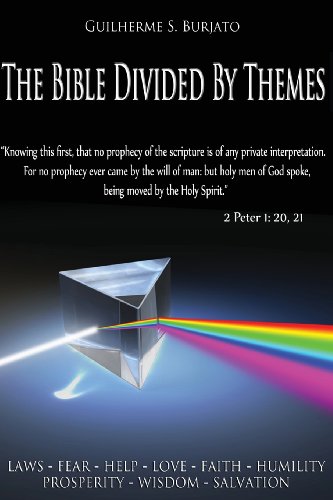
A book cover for The Bible Divided By Themes; Guilherme S Burjato; Christian Books & Bibles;